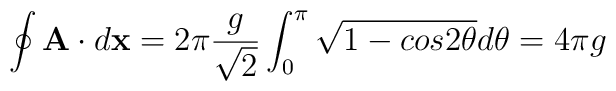
\oint {\bf A}\cdot d{\bf x}=2{\pi}\frac{g}{\sqrt 2}\int_{0}^{{\pi}}\sqrt {1-cos2{\theta}}d{\theta}=4{\pi}g